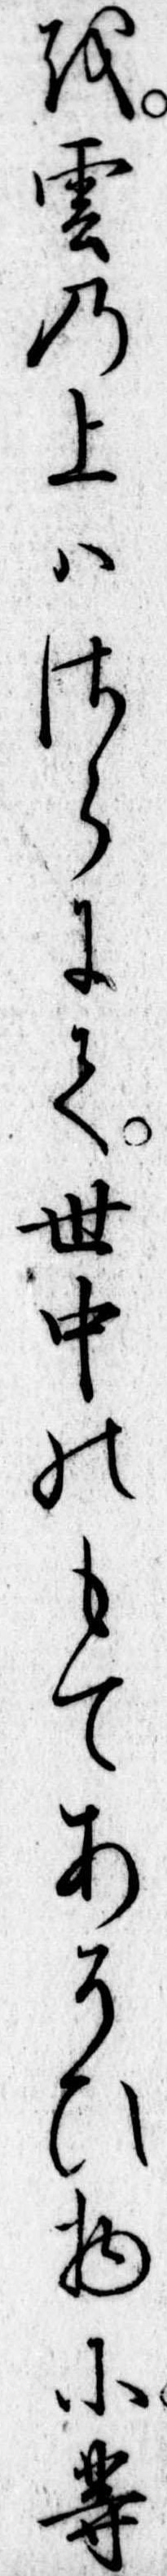
を雲の上はさらにて世中のもてあそひ物に等